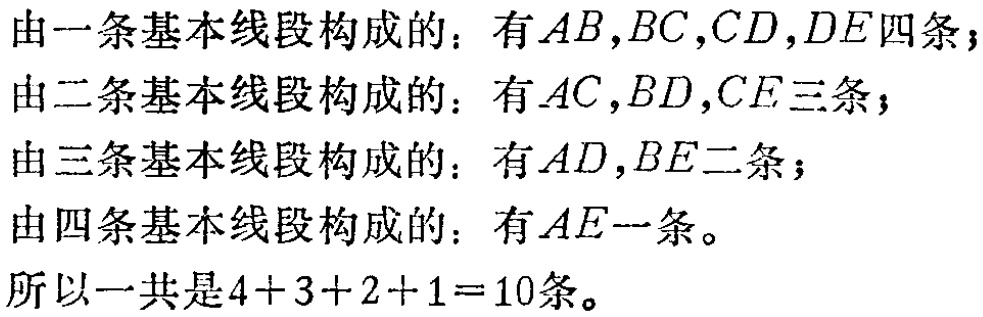
由一条基本线段构成的：有\(AB,BC,CD,DE\)四条；

由二条基本线段构成的：有\(AC,BD,CE\)三条；

由三条基本线段构成的：有\(AD,BE\)二条；

由四条基本线段构成的：有\(AE\)一条。

所以一共是\(4 + 3 + 2 + 1 = 10\)条。